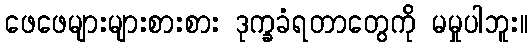
ဖေဖေများများစားစား ဒုက္ခခံရတာတွေကို မမှုပါဘူး။